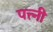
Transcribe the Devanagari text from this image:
पत्त्नी